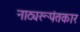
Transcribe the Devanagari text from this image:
नाट्यरूपंतकार